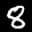
Label: 8